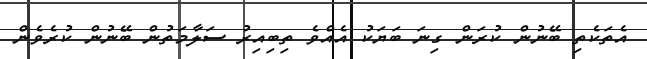
އެތަކެތި ބޭނުން ކުރަން ގިނަ ބަޔަކު އެއްވެ ތިބިއިރު ސަލާމަތުން ބޭނުން ކުރެވެން